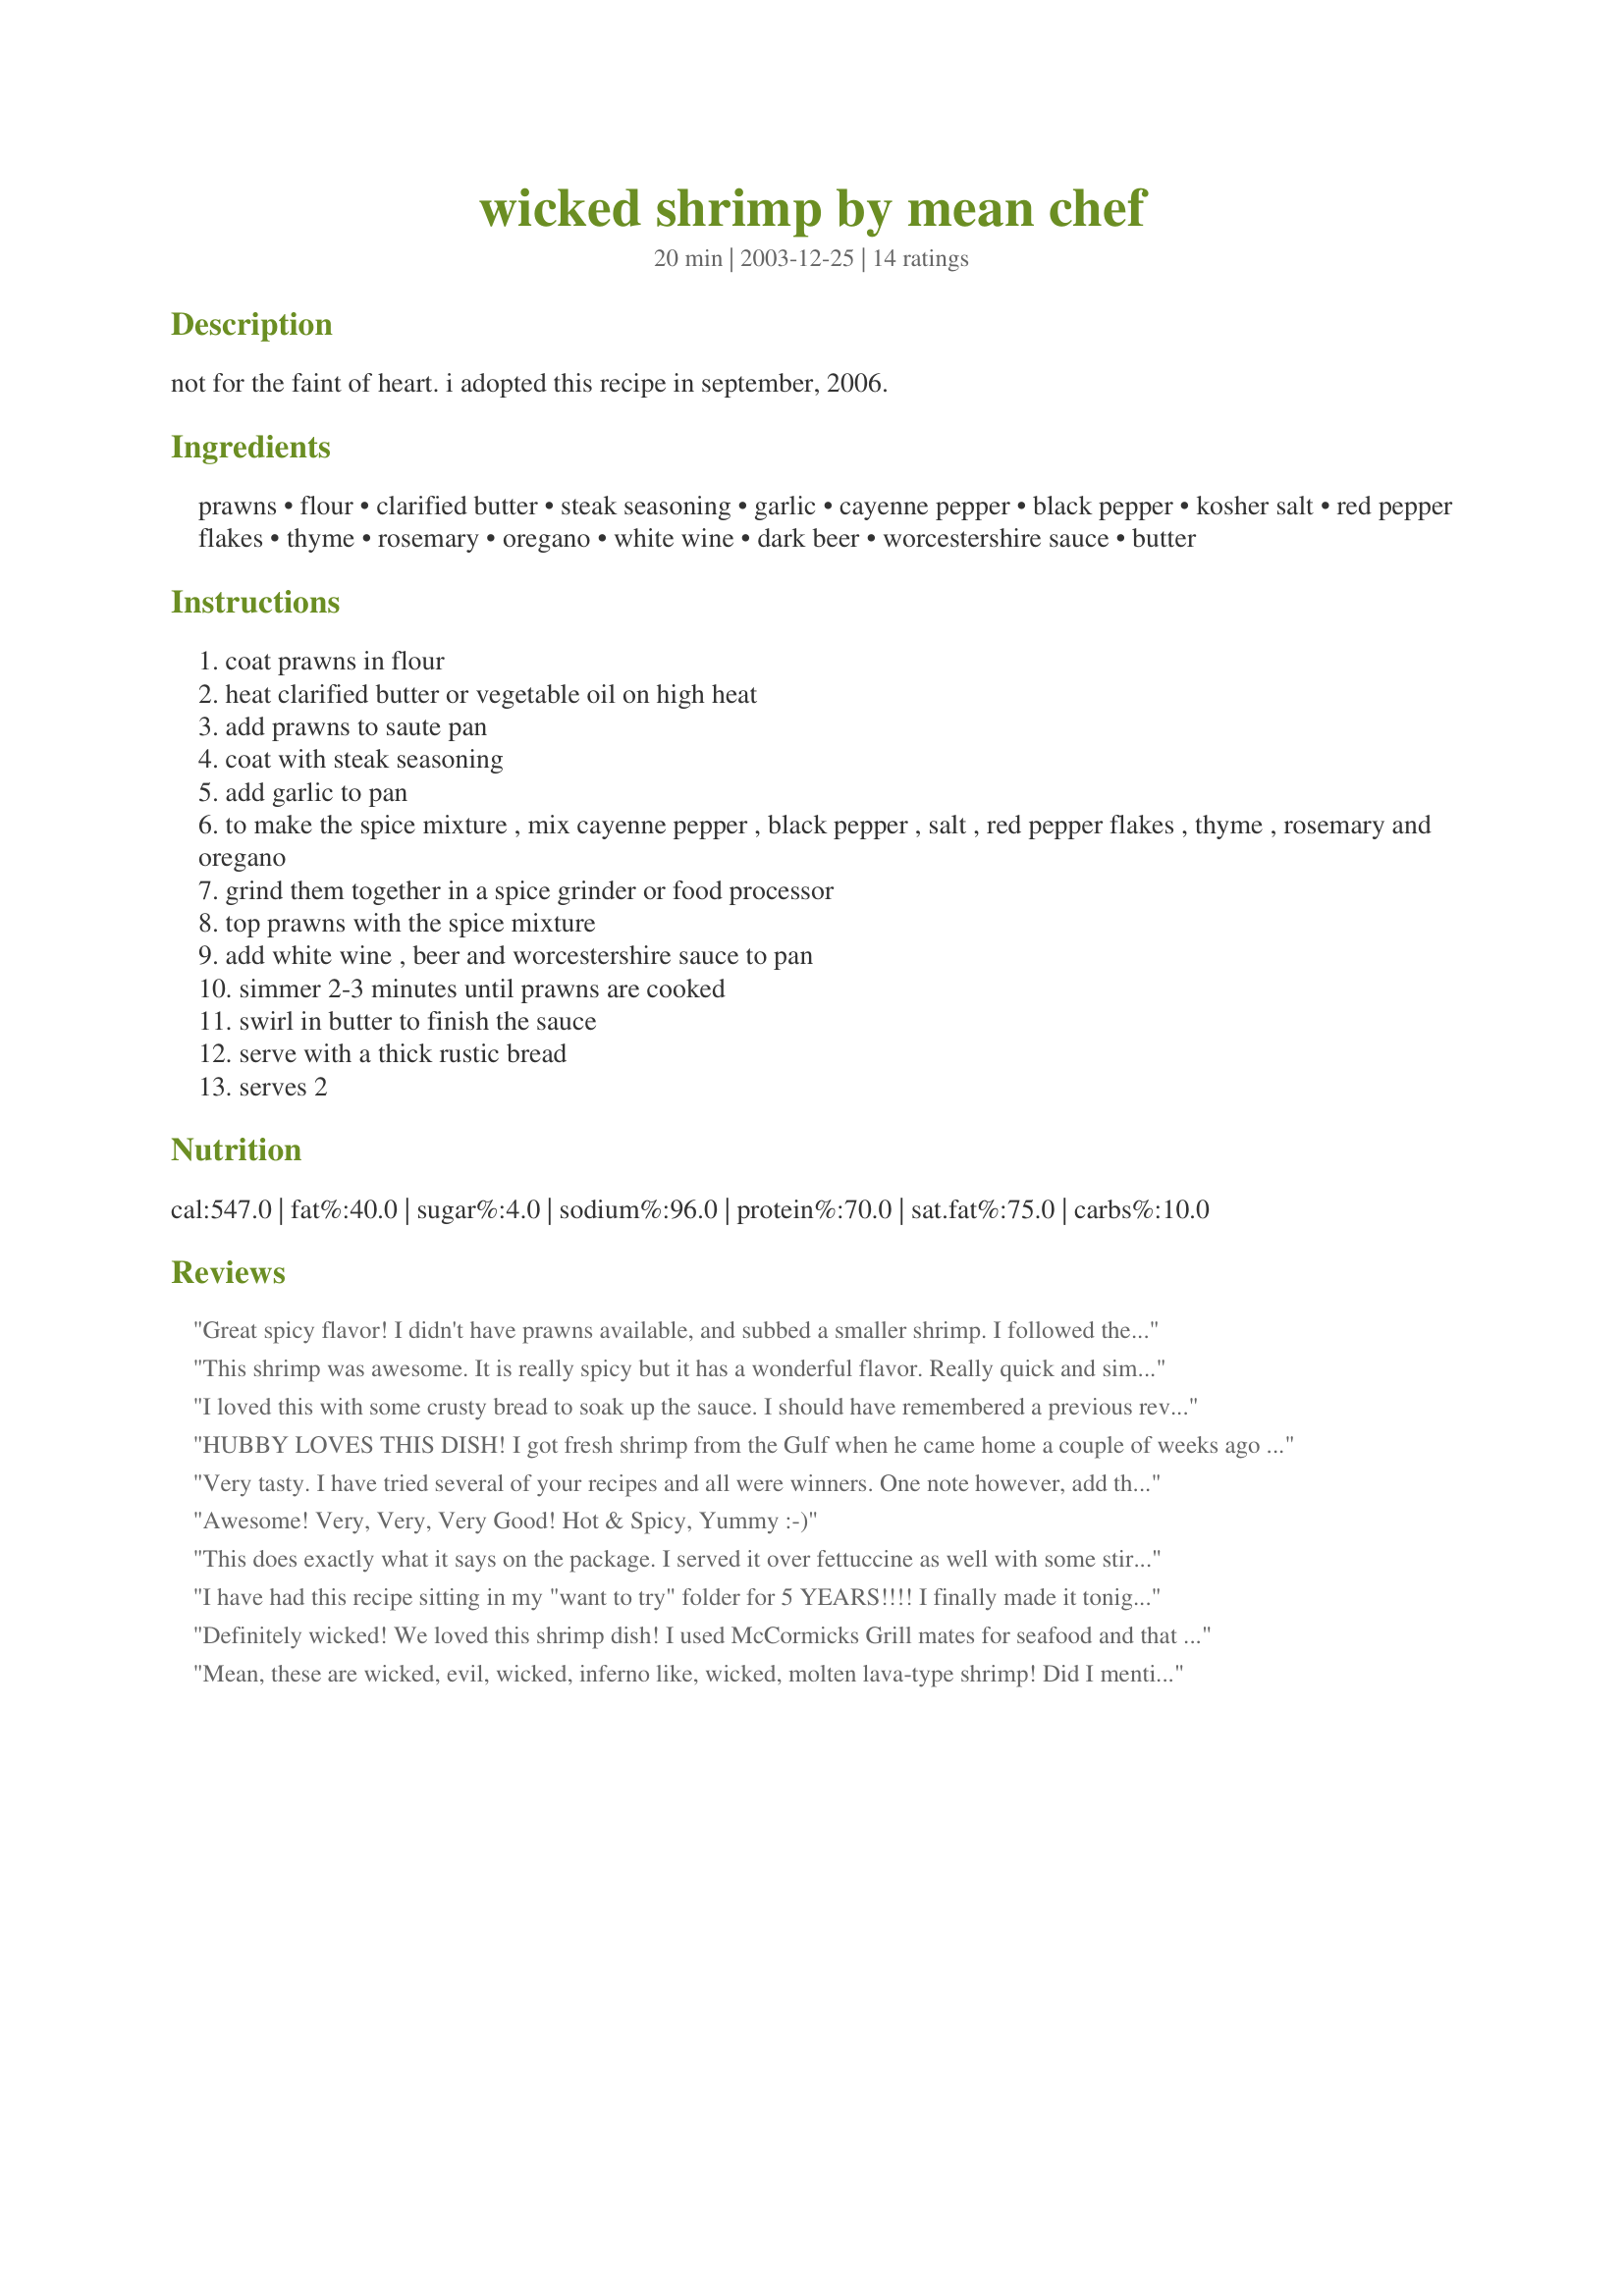
wicked shrimp by mean chef
Preparation time: 20 minutes

not for the faint of heart. i adopted this recipe in september, 2006.

Ingredients:
prawns, flour, clarified butter, steak seasoning, garlic, cayenne pepper, black pepper, kosher salt, red pepper flakes, thyme, rosemary, oregano, white wine, dark beer, worcestershire sauce, butter

Steps:
coat prawns in flour
heat clarified butter or vegetable oil on high heat
add prawns to saute pan
coat with steak seasoning
add garlic to pan
to make the spice mixture , mix cayenne pepper , black pepper , salt , red pepper flakes , thyme , rosemary and oregano
grind them together in a spice grinder or food processor
top prawns with the spice mixture
add white wine , beer and worcestershire sauce to pan
simmer 2-3 minutes until prawns are cooked
swirl in butter to finish the sauce
serve with a thick rustic bread
serves 2

Reviews:
Great spicy flavor! I didn't have prawns available, and subbed a smaller shrimp. I followed the rest of the recipe exactly (except doubled it). At the last minute some friends dropped by unexpectedly. I sauteed some onions and red and green pepper strips in olive oil with a bit of butter, boiled some fettuccine and tossed the shrimp, pasta and veggies all together in a large pasta bowl. I had heated a baguette and tossed together a quick salad. Every last bite of shrimp (and pasta) was devoured. The last drops of the sauce were soaked up with chunks of the warm bread. My friends left with full tummies and smiles on their faces. Hubby has requested this shrimp again...I am thinking that he doesn't want to share next time!
This shrimp was awesome. It is really spicy but it has a wonderful flavor. Really quick and simple to make.
I loved this with some crusty bread to soak up the sauce. I should have remembered a previous review to watch out on the salt, my steak seasoning had a lot of salt in it and I probably could have done without the salt, but still, not a drop went to waste and I doubled the recipe. I will be making this again.. Thanks
HUBBY LOVES THIS DISH! I got fresh shrimp from the Gulf when he came home a couple of weeks ago and he really loved this recipe. He is bringing more shrimp home so he can make it this weekend.

It was a little too "HOT" for my tastes, but a great recipe over all.
Very tasty. I have tried several of your recipes and all were winners. One note however, add the salt and peppers gradually to taste. I added all the salt AND used a steak seasoning that included salt so this dish was extremely salty. Next time I will NOT add the kosher salt. Other than that-- this dish was very quick, easy and tasty!
Awesome! Very, Very, Very Good! Hot & Spicy, Yummy :-)
This does exactly what it says on the package. I served it over fettuccine as well with some stir-fried and a loaf of black olive ciabattia bread. Wonderful stuff! My only caution would be to make sure you don't use a steak seasoning with a lot of salt in it. I did, but just increased the amount of sauce to dilute the salt a bit. Next time I'll find a lower-sodium brand.
I have had this recipe sitting in my "want to try" folder for 5 YEARS!!!! I finally made it tonight and I do not know what took me so long. Loved it. My husband thought it was a bit too spicy, but this is not a surprise. It was terrific. Slight chance I will tone it down for him next time. Served simple w/ bread and a salad. Can't wait to make again.
Definitely wicked! We loved this shrimp dish! I used McCormicks Grill mates for seafood and that lent a little bit of lemon flavor as well. Of course, I ate mine with lemon wedges ;) Crusty bread to soak up the sauce...ice cold beer and a football game. Heaven!
I actually made a pound and a half and made extra "sauce" as we love dunking the bread. Can't brag on this one enough, Mean...another fantastic recipe!
Mean, these are wicked, evil, wicked, inferno like, wicked, molten lava-type shrimp! Did I mention wicked, lol? But absolutely delicious! It's a struggle, because they're so spicy, that you want to stop eating them, but they taste so damn good, so you have to have another, then another, and so on, lol. A great change of pace, that's for sure. I used McCormick's Grill Mates Montreal Steak Seasoning, and all the other ingredients with no changes--we chose to use Guinness, good stuff. These cook up so fast, and the prep is minimal, but with great results. Thanks again Mean, another winner.
WOW! These definately have a massive KICK! Very delicious!

I didn't have any rosemary, so I left that out. Next time I'll be sure and stock up, though. Also, I can't have beer or flour (gluten intolerance), so I just used 3/4 cups of white wine to make up for the beer, and used cornstarch in place of the flour.

GREAT stuff!
This was excellent!! Easy, yummy, and HOT! My sweetie and I were both sweating by the end, but it was just so delicious - and great idea about the rustic bread... what better to mop up the sauce and put out the flames! Highly recommended - and I don't usually go for spicy things!!
We loved this. I made it with onions, green and red bell peppers, and fetuccini like ms_bold suggested and it was amazing.
This is SO good! Super spicy, but I like it like that... was a little much for my hubby, he couldn't finish it.
